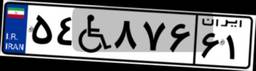
۵۴W۸۷۶۶۱